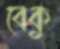
বেকু